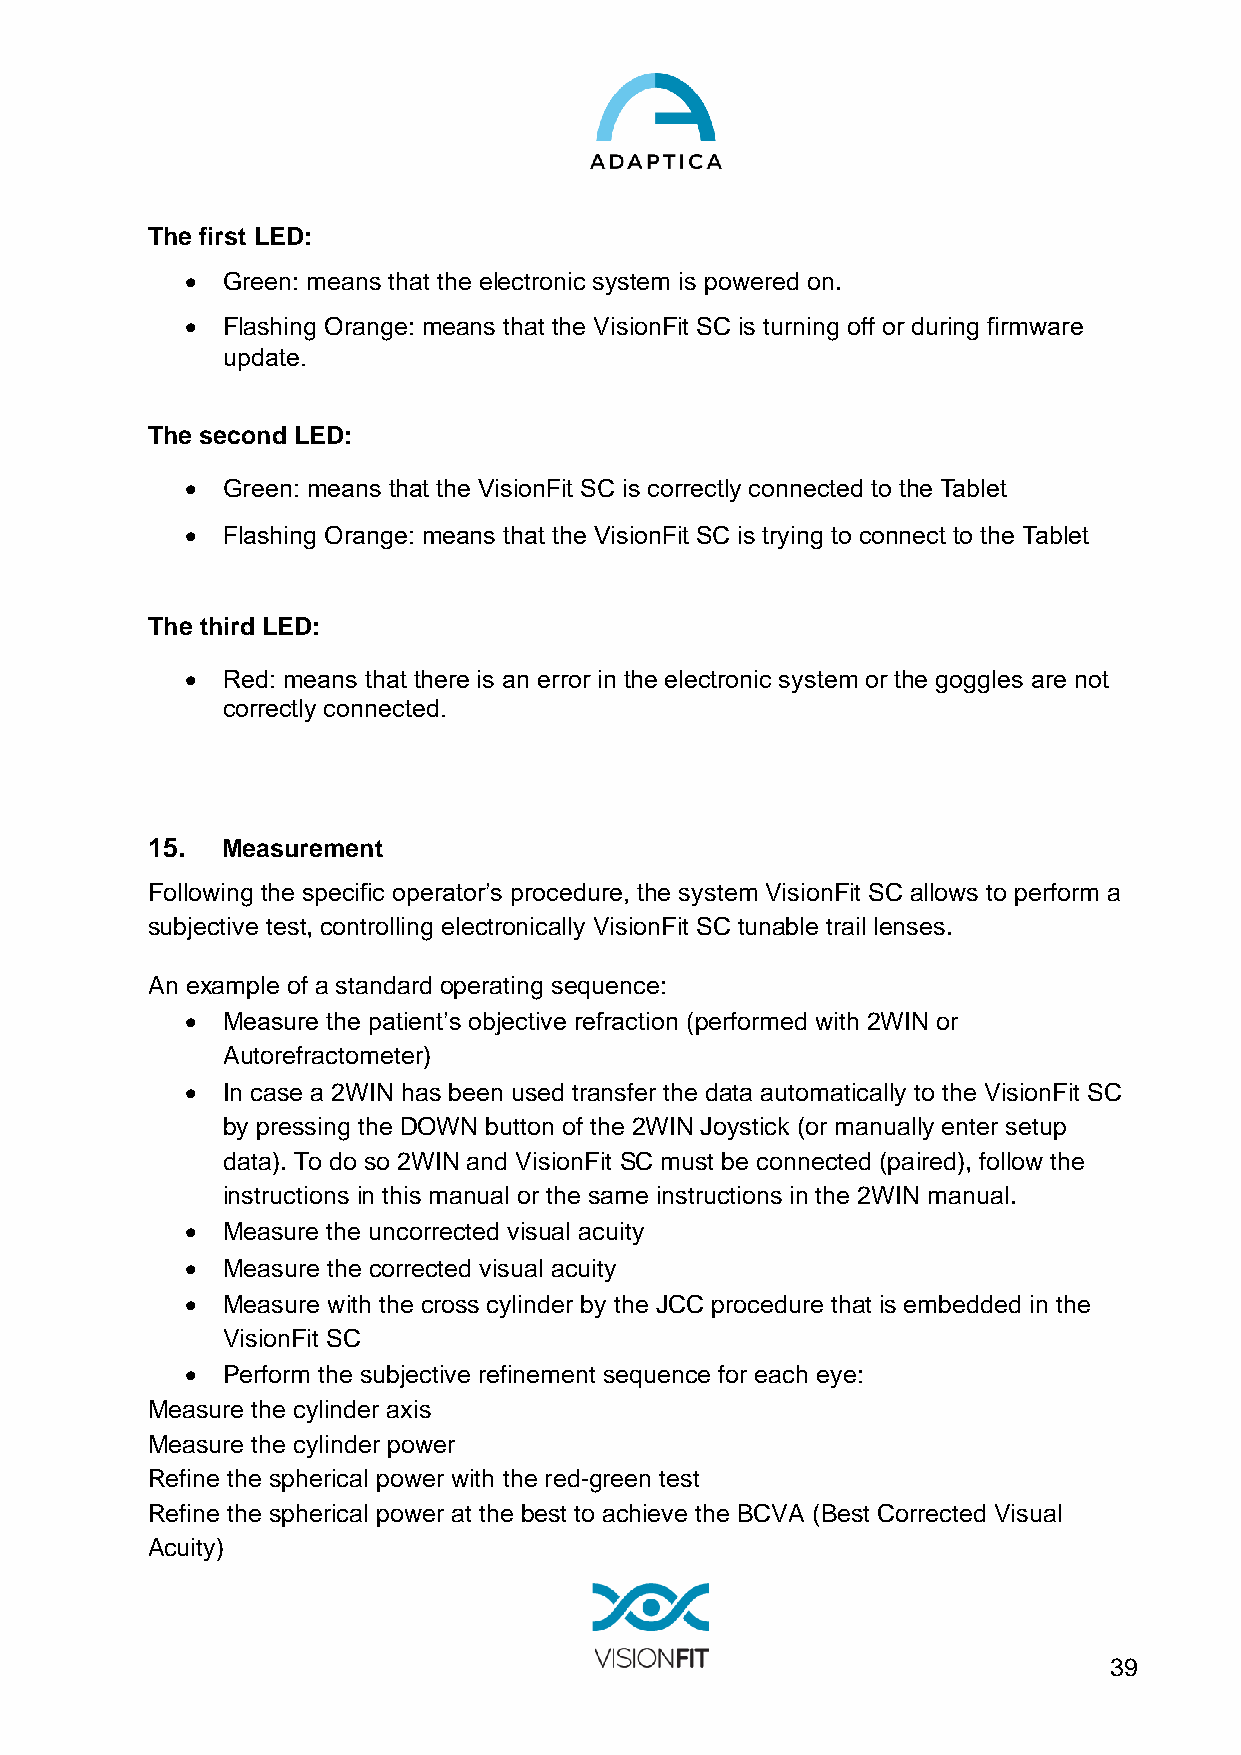
The first LED:
 •  Green: means that the electronic system is powered on.
 •  Flashing Orange: means that the VisionFit SC is turning off or during firmware
 update.
 The second LED:
 •  Green: means that the VisionFit SC is correctly connected to the Tablet
 •  Flashing Orange: means that the VisionFit SC is trying to connect to the Tablet
 The third LED:
 •  Red: means that there is an error in the electronic system or the goggles are not
 correctly connected.
 15.  Measurement
 Following the specific operator’s procedure, the system VisionFit SC allows to perform a
 subjective test, controlling electronically VisionFit SC tunable trail lenses.
 An example of a standard operating sequence:
 •  Measure the patient’s objective refraction (performed with 2WIN or
 Autorefractometer)
 •  In case a 2WIN has been used transfer the data automatically to the VisionFit SC
 by pressing the DOWN button of the 2WIN Joystick (or manually enter setup
 data). To do so 2WIN and VisionFit SC must be connected (paired), follow the
 instructions in this manual or the same instructions in the 2WIN manual.
 •  Measure the uncorrected visual acuity
 •  Measure the corrected visual acuity
 •  Measure with the cross cylinder by the JCC procedure that is embedded in the
 VisionFit SC
 •  Perform the subjective refinement sequence for each eye:
 Measure the cylinder axis
 Measure the cylinder power
 Refine the spherical power with the red-green test
 Refine the spherical power at the best to achieve the BCVA (Best Corrected Visual
 Acuity)
 39